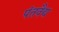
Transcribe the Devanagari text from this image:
पंतवैद्य